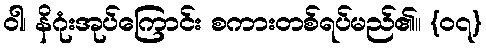
ဝါ၊ နိဂုံးအုပ်ကြောင်း စကားတစ်ရပ်မည်၏။ {၀၇}